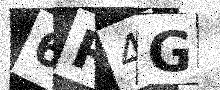
Text: 6R4G